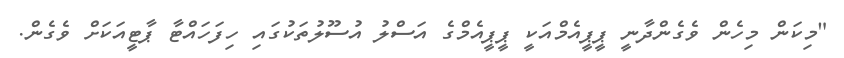
"މިކަން މިހެން ވެގެންދާނީ ޕީޕީއެމްއަކީ ޕީޕީއެމްގެ އަސްލު އުސޫލުތަކުގައި ހިފަހައްޓާ ޕާޓީއަކަށް ވެގެން.